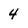
Character: 4